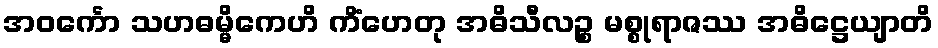
အဝင်္ကော သဟဓမ္မိကေဟိ ကိံဟေတု အဓိသီလဉ္စ မစ္စုရာဇဿ အဓိဋ္ဌေယျာတိ